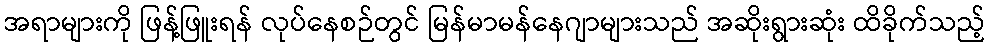
အရာများကို ဖြန့်ဖြူးရန် လုပ်နေစဉ်တွင် မြန်မာမန်နေဂျာများသည် အဆိုးရွားဆုံး ထိခိုက်သည့်